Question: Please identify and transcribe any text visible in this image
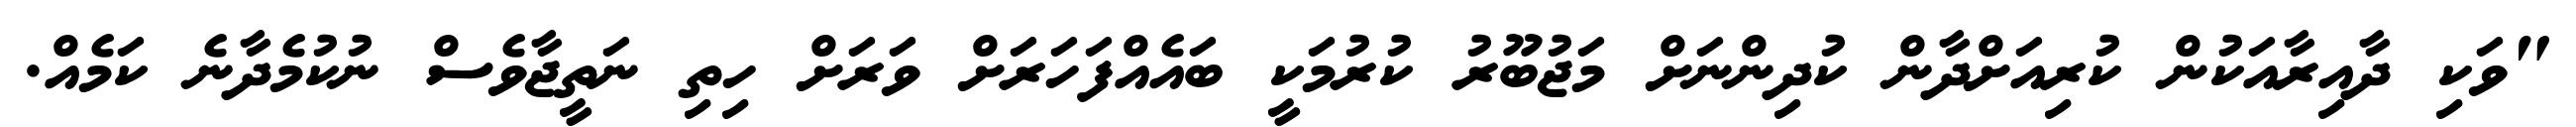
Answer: "ވަކި ދާއިރާއަކުން ކުރިއަށްދާން ކުދިންނަށް މަޖުބޫރު ކުރުމަކީ ބައެއްފަހަރަށް ވަރަށް ހިތި ނަތީޖާވެސް ނުކުމެދާނެ ކަމެއް.